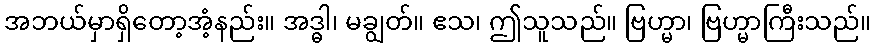
အဘယ်မှာရှိတော့အံ့နည်း။ အဒ္ဓါ၊ မချွတ်။ ဧသ၊ ဤသူသည်။ ဗြဟ္မာ၊ ဗြဟ္မာကြီးသည်။